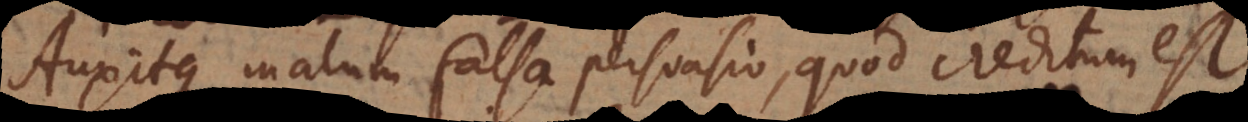
Auxitque malum falsa persuasio, quod creditum est